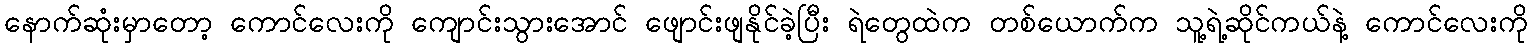
နောက်ဆုံးမှာတော့ ကောင်လေးကို ကျောင်းသွားအောင် ဖျောင်းဖျနိုင်ခဲ့ပြီး ရဲတွေထဲက တစ်ယောက်က သူ့ရဲ့ဆိုင်ကယ်နဲ့ ကောင်လေးကို